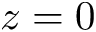
z = 0